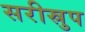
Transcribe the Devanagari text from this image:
सरीस्रुप